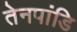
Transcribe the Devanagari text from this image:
तेनपांडि